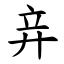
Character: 竎